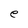
Character: e